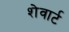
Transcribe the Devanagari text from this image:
शेवार्ट